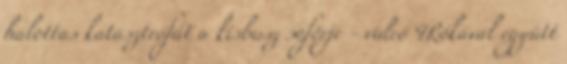
halottas katasztrófát a kisbusz sofőrje - videó 4Rókával együtt